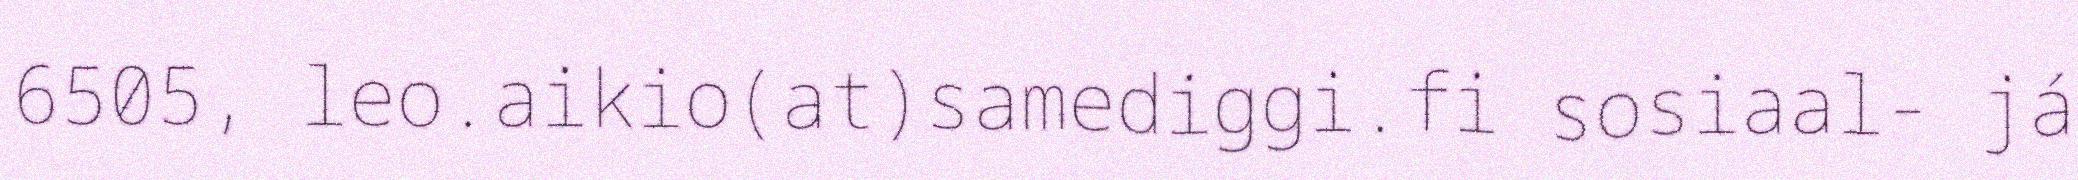
6505, leo.aikio(at)samediggi.fi sosiaal- já